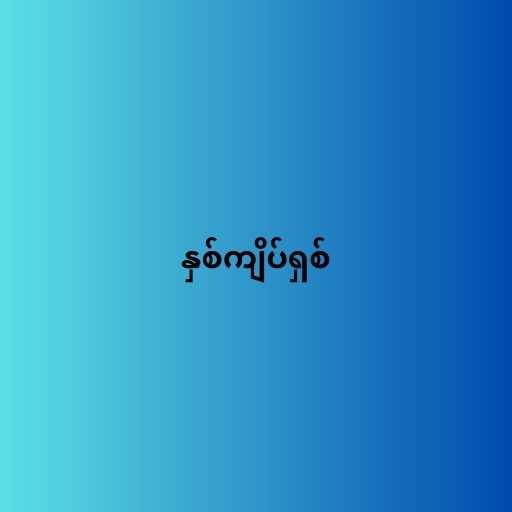
နှစ်ကျိပ်ရှစ်